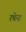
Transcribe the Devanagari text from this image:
रथेना